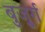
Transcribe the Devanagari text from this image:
बुजु्र्ग